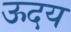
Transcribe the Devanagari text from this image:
ऊदय